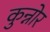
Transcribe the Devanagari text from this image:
कुन्नोर